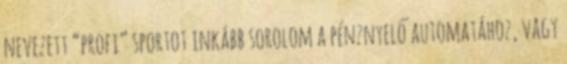
nevezett “profi” sportot inkább sorolom a pénznyelő automatához, vagy